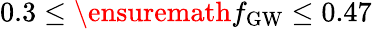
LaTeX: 0.3\leq\ensuremath{f_{\mathrm{GW}}}\leq 0.47